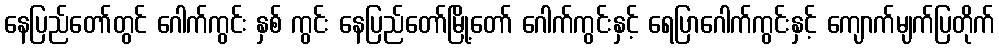
နေပြည်တော်တွင် ဂေါက်ကွင်း နှစ် ကွင်း နေပြည်တော်မြို့တော် ဂေါက်ကွင်းနှင့် ရေပြာဂေါက်ကွင်းနှင့် ကျောက်မျက်ပြတိုက်